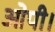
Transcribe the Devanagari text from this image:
ओपी।